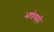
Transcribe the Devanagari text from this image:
भाषेसही